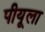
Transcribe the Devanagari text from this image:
पीयूला